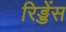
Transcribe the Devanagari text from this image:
रिड्डेंस